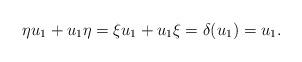
LaTeX: \begin{align*}\eta u_1+u_1\eta=\xi u_1+u_1\xi=\delta(u_1)=u_1.\end{align*}